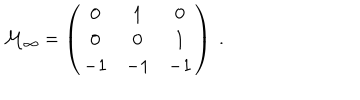
{ \cal M } _ { \infty } = \left( \begin{array} { c c c } { { 0 } } & { { 1 } } & { { 0 } } \\ { { 0 } } & { { 0 } } & { { 1 } } \\ { { - 1 } } & { { - 1 } } & { { - 1 } } \\ \end{array} \right) \ .